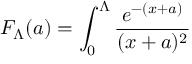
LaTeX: F _ { \Lambda } ( a ) = \int _ { 0 } ^ { \Lambda } \frac { e ^ { - ( x + a ) } } { ( x + a ) ^ { 2 } }